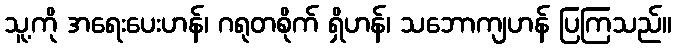
သူ့ကို အရေးပေးဟန်၊ ဂရုတစိုက် ရှိဟန်၊ သဘောကျဟန် ပြကြသည်။